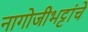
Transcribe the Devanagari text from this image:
नागोजीभट्टांचे